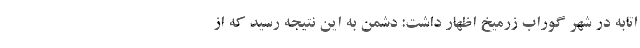
اتابه در شهر گوراب زرمیخ اظهار داشت: دشمن به این نتیجه رسید که از